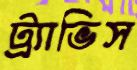
ট্র্যাভিস